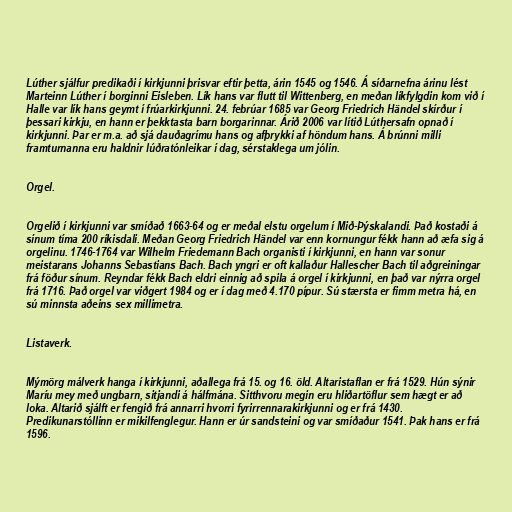
Lúther sjálfur predikaði í kirkjunni þrisvar eftir þetta, árin 1545 og 1546. Á síðarnefna árinu lést
Marteinn Lúther í borginni Eisleben. Lík hans var flutt til Wittenberg, en meðan líkfylgdin kom við í
Halle var lík hans geymt í frúarkirkjunni. 24. febrúar 1685 var Georg Friedrich Händel skírður í
þessari kirkju, en hann er þekktasta barn borgarinnar. Árið 2006 var lítið Lúthersafn opnað í
kirkjunni. Þar er m.a. að sjá dauðagrímu hans og afþrykki af höndum hans. Á brúnni milli
framturnanna eru haldnir lúðratónleikar í dag, sérstaklega um jólin.

Orgel.

Orgelið í kirkjunni var smíðað 1663-64 og er meðal elstu orgelum í Mið-Þýskalandi. Það kostaði á
sínum tíma 200 ríkisdali. Meðan Georg Friedrich Händel var enn kornungur fékk hann að æfa sig á
orgelinu. 1746-1764 var Wilhelm Friedemann Bach organisti í kirkjunni, en hann var sonur
meistarans Johanns Sebastians Bach. Bach yngri er oft kallaður Hallescher Bach til aðgreiningar
frá föður sínum. Reyndar fékk Bach eldri einnig að spila á orgel í kirkjunni, en það var nýrra orgel
frá 1716. Það orgel var viðgert 1984 og er í dag með 4.170 pípur. Sú stærsta er fimm metra há, en
sú minnsta aðeins sex millimetra.

Listaverk.

Mýmörg málverk hanga í kirkjunni, aðallega frá 15. og 16. öld. Altaristaflan er frá 1529. Hún sýnir
Maríu mey með ungbarn, sitjandi á hálfmána. Sitthvoru megin eru hliðartöflur sem hægt er að
loka. Altarið sjálft er fengið frá annarri hvorri fyrirrennarakirkjunni og er frá 1430.
Predikunarstóllinn er mikilfenglegur. Hann er úr sandsteini og var smíðaður 1541. Þak hans er frá
1596.